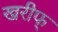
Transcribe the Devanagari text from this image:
खरीफ्